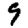
Digit: 9